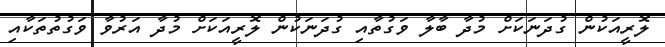
ލޮރީއަކުން ގުދަނަކަށް މުދާ ބާލާ ވަގުތާއި ގުދަނަކުން ލޮރީއަކަށް މުދާ އަރުވާ ވަގުތުތަކާއި